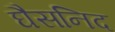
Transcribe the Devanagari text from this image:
घैसनिद